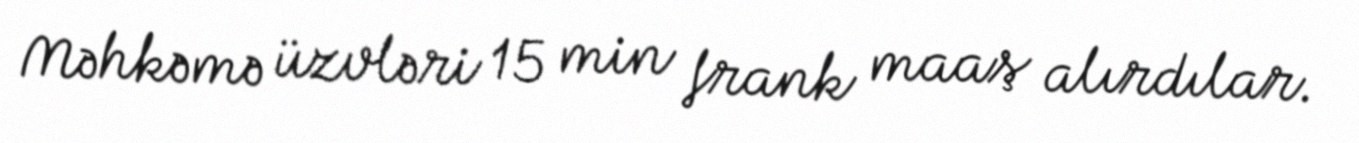
Məhkəmə üzvləri 15 min frank maaş alırdılar.